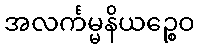
အလင်္ကမ္မနိယဉ္စေဝ